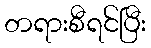
တရားစီရင်ပြီး